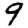
Digit: 9